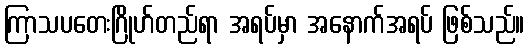
ကြာသပတေးဂြိုဟ်တည်ရာ အရပ်မှာ အနောက်အရပ် ဖြစ်သည်။